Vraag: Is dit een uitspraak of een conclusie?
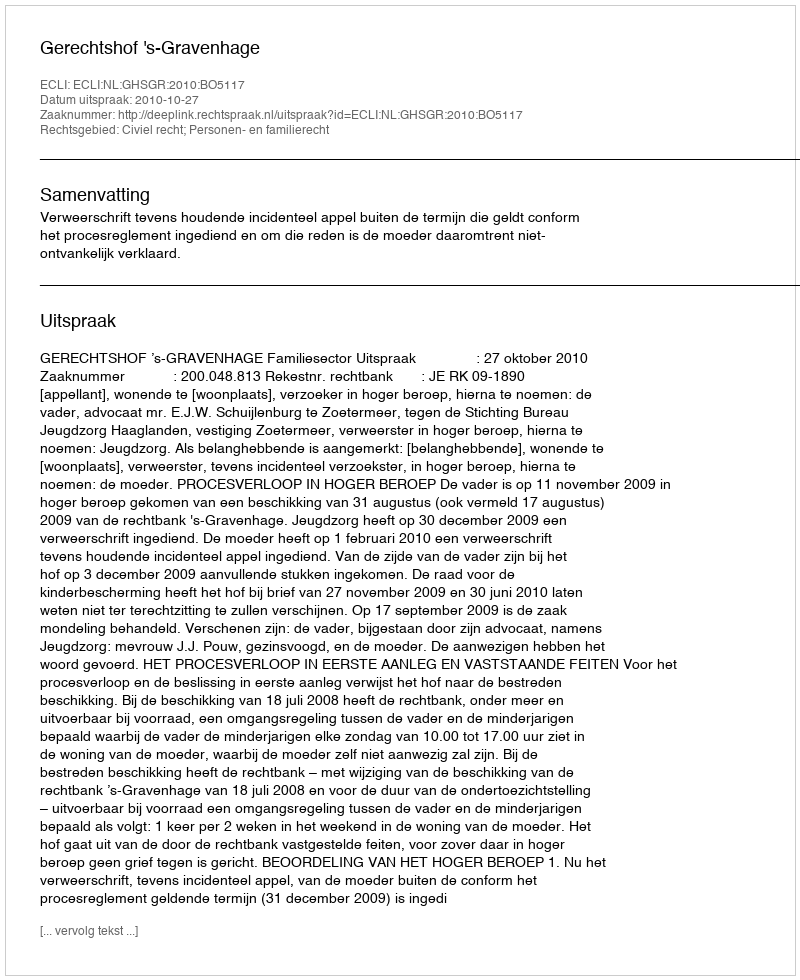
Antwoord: Uitspraak